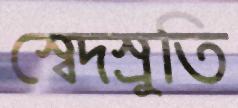
স্বেদস্রুতি